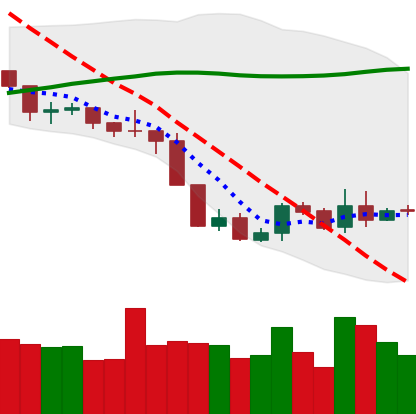
Ticker: BNB-USD
Chart end date: 2019-09-08
Forward return: -7.421%
Label: down_7plus